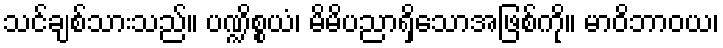
သင်ချစ်သားသည်။ ပဏ္ဍိစ္စယံ၊ မိမိပညာရှိသောအဖြစ်ကို။ မာဝိဘာဝယ၊